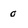
Character: 0